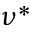
\nu ^ { * }